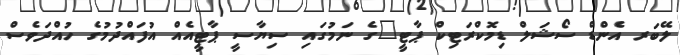
ލޭބަރ އެންޑް ސޯޝަލް ޑިމޮކްރަޓިކް ޕާޓީ"ގެ ނަމުގައި ސިޔާސީ ޕާޓީއެއް އުފައްދުމުގެ ހުއްދަވެސް